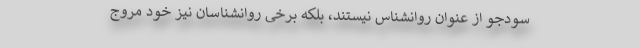
سودجو از عنوان روانشناس نیستند، بلکه برخی روانشناسان نیز خود مروج